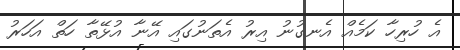
އެ ހުރިހާ ކަމެއް އެނގުނު އިރު އެތަނުގައި އޭނާ އުޅޭތާ ހަތް އަހަރު